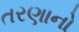
તરણાનો